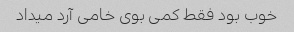
خوب بود فقط کمی بوی خامی آرد میداد